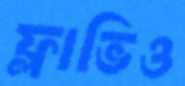
ফ্লাভিও